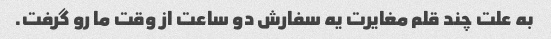
به علت چند قلم مغایرت یه سفارش دو ساعت از وقت ما رو گرفت.